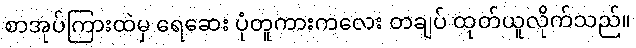
စာအုပ်ကြားထဲမှ ရေဆေး ပုံတူကားကလေး တချပ် ထုတ်ယူလိုက်သည်။